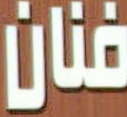
فنان